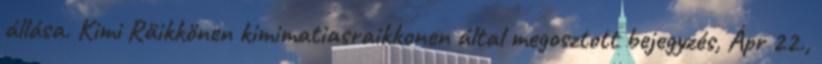
állása. Kimi Räikkönen kimimatiasraikkonen által megosztott bejegyzés, Ápr 22.,